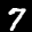
Label: 7